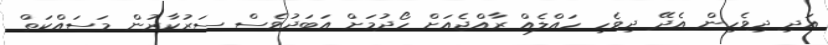
އަދި ދިވެހިން އެދޭ ދިވެހި ހައްލެއް ރާއްޖެއަށް ހޯދުމަށް އަބަދުވެސް ސަރުކާރުން މަސައްކަތް